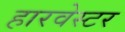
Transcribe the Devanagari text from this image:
हारवेस्टर